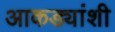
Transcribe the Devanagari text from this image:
आकड्यांशी